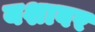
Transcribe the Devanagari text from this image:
यशावर